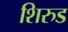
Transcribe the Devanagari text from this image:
शिरुड